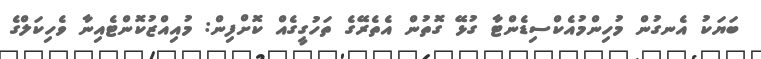
ބަޔަކު އެނގުން މުހިންމުއެކްސިޑެންޓާ ގުޅޭ ގޮތުން އެތެރޭގެ ތަހުގީގެއް ކޮށްފިން: މުއިއްޒުކޮންޓެއިނާ ވެހިކަލްގެ